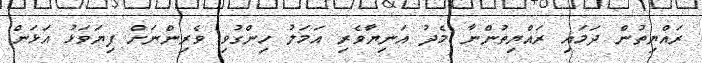
ރައްޔިތުން ދަމައި ރައްޔިތުންނާ މެދު އަނިޔާވެރި އަމަލު ހިންގުވި ވެރިންނަށް ފިޔަވަޅު އަޅަން